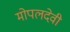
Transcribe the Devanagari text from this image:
मोपलदेवी